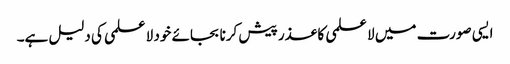
ایسی صورت میں لا علمی کا عذر پیش کرنا بجائے خود لا علمی کی دلیل ہے۔